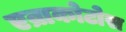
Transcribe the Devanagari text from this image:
एव्राकोटोस